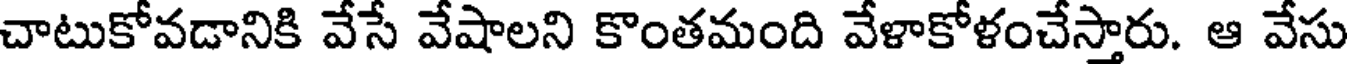
చాటుకోవడానికి వేసే వేషాలని కొంతమంది వేళాకోళంచేస్తారు. ఆ వేసు